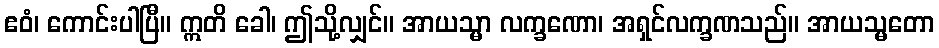
ဧဝံ၊ ကောင်းပါပြီ။ ဣတိ ခေါ၊ ဤသို့လျှင်။ အာယသ္မာ လက္ခဏော၊ အရှင်လက္ခဏသည်။ အာယသ္မတော